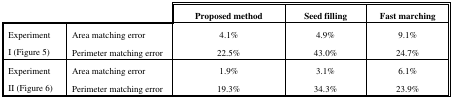
| <COLSPAN=2>  | Proposed method | Seed filling | Fast marching |
 | --- | --- | --- | --- | --- |
 | <ROWSPAN=2> ExperimentI (Figure 5) | Area matching error | 4.1% | 4.9% | 9.1% |
 | Perimeter matching error | 22.5% | 43.0% | 24.7% |
 | <ROWSPAN=2> ExperimentII (Figure 6) | Area matching error | 1.9% | 3.1% | 6.1% |
 | Perimeter matching error | 19.3% | 34.3% | 23.9% |